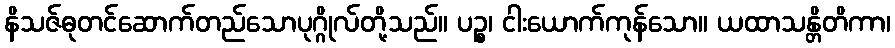
နိသဇ်ဓုတင်ဆောက်တည်သောပုဂ္ဂိုလ်တို့သည်။ ပဉ္စ၊ ငါးယောက်ကုန်သော။ ယထာသန္တိတိကာ၊